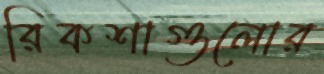
রিকশাগুলোর